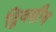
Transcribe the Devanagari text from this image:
द्विवसीय